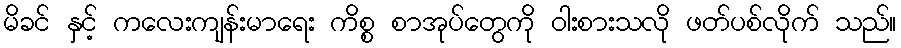
မိခင် နှင့် ကလေးကျန်းမာရေး ကိစ္စ စာအုပ်တွေကို ဝါးစားသလို ဖတ်ပစ်လိုက် သည်။